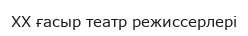
XX ғасыр театр режиссерлері